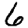
Digit: 6